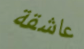
عاشقة